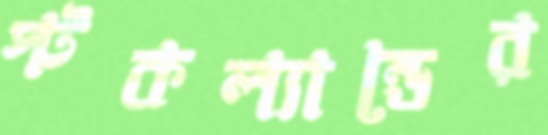
স্টকল্যান্ডের